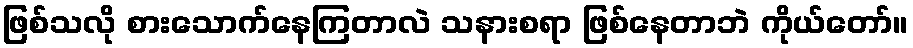
ဖြစ်သလို စားသောက်နေကြတာလဲ သနားစရာ ဖြစ်နေတာဘဲ ကိုယ်တော်။